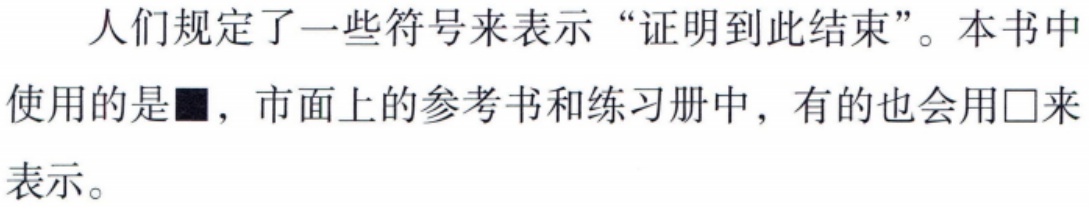
人们规定了一些符号来表示 “证明到此结束”。本书中使用的是$\blacksquare$，市面上的参考书和练习册中，有的也会用$\square$来表示。